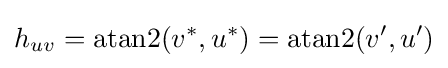
h_{uv}=\mathrm {atan2} (v^{*},u^{*})=\mathrm {atan2} (v',u')